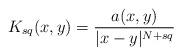
LaTeX: \begin{align*}K_{s q}(x, y)=\frac{a(x,y)}{|x-y|^{N+s q}}\end{align*}